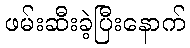
ဖမ်းဆီးခဲ့ပြီးနောက်